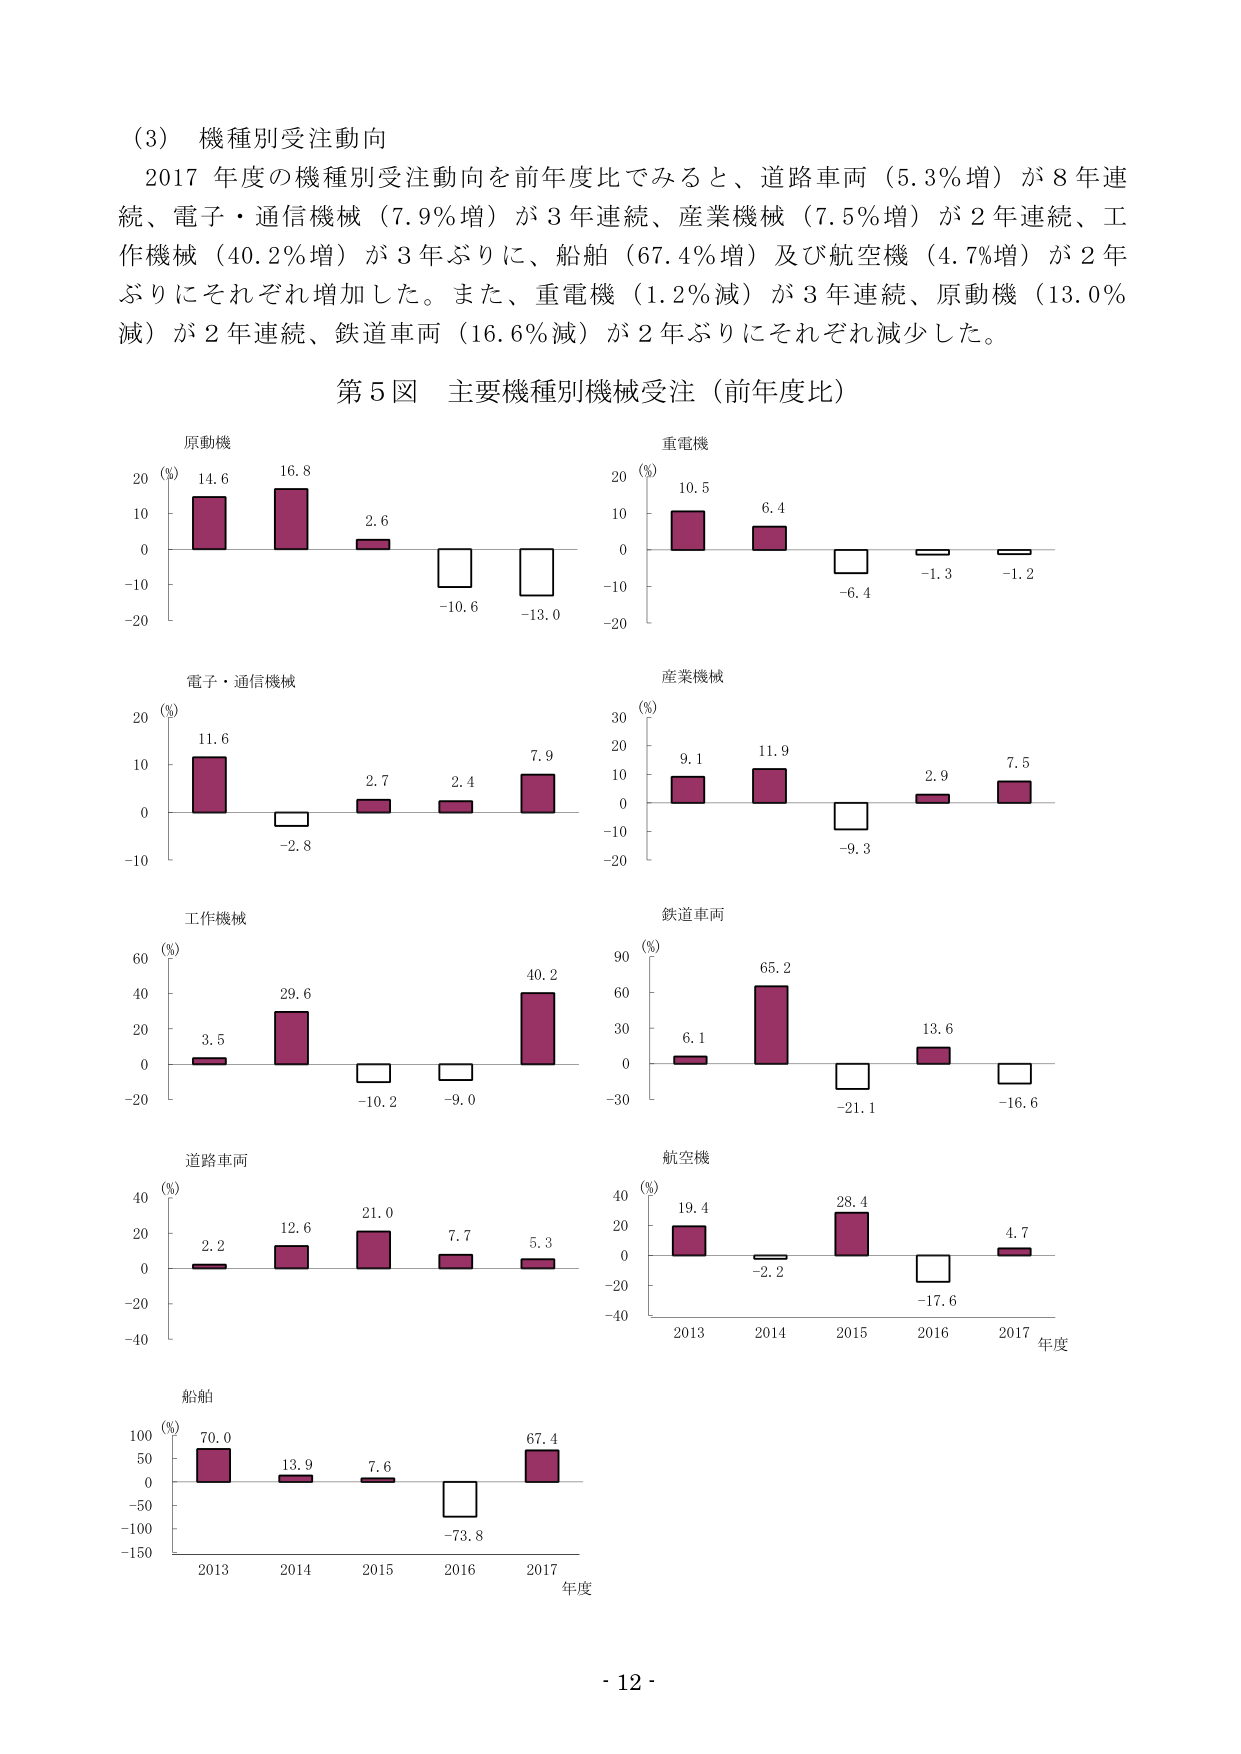
(3) 機種別受注動向
2017 年度の機種別受注動向を前年度比でみると、道路車両（5.3％増）が 8 年連続、電子・通信機械（7.9％増）が 3 年連続、産業機械（7.5％増）が 2 年連続、工作機械（40.2％増）が 3 年ぶりに、船舶（67.4％増）及び航空機（4.7％増）が 2 年ぶりにそれぞれ増加した。また、重電機（1.2％減）が 3 年連続、原動機（13.0％減）が 2 年連続、鉄道車両（16.6％減）が 2 年ぶりにそれぞれ減少した。

第5図 主要機種別機械受注（前年度比）

原動機
(%)
14.6
16.8
2.6
-10.6
-13.0

重電機
(%)
10.5
6.4
-6.4
-1.3
-1.2

電子・通信機械
(%)
11.6
-2.8
2.7
2.4
7.9

産業機械
(%)
9.1
11.9
-9.3
2.9
7.5

工作機械
(%)
3.5
29.6
-10.2
-9.0
40.2

鉄道車両
(%)
6.1
65.2
-21.1
13.6
-16.6

道路車両
(%)
2.2
12.6
21.0
7.7
5.3

航空機
(%)
19.4
-2.2
28.4
-17.6
4.7
2013 2014 2015 2016 2017 年度

船舶
(%)
70.0
13.9
7.6
-73.8
67.4
2013 2014 2015 2016 2017 年度

- 12 -